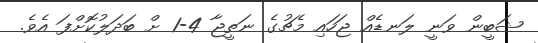
ޝަބީން ވަނީ ލަނޑެއް ޖަހައި މެޗުގެ ނަތީޖާ 4-1 ށް ބަދަލުކޮށްފަ އެވެ.